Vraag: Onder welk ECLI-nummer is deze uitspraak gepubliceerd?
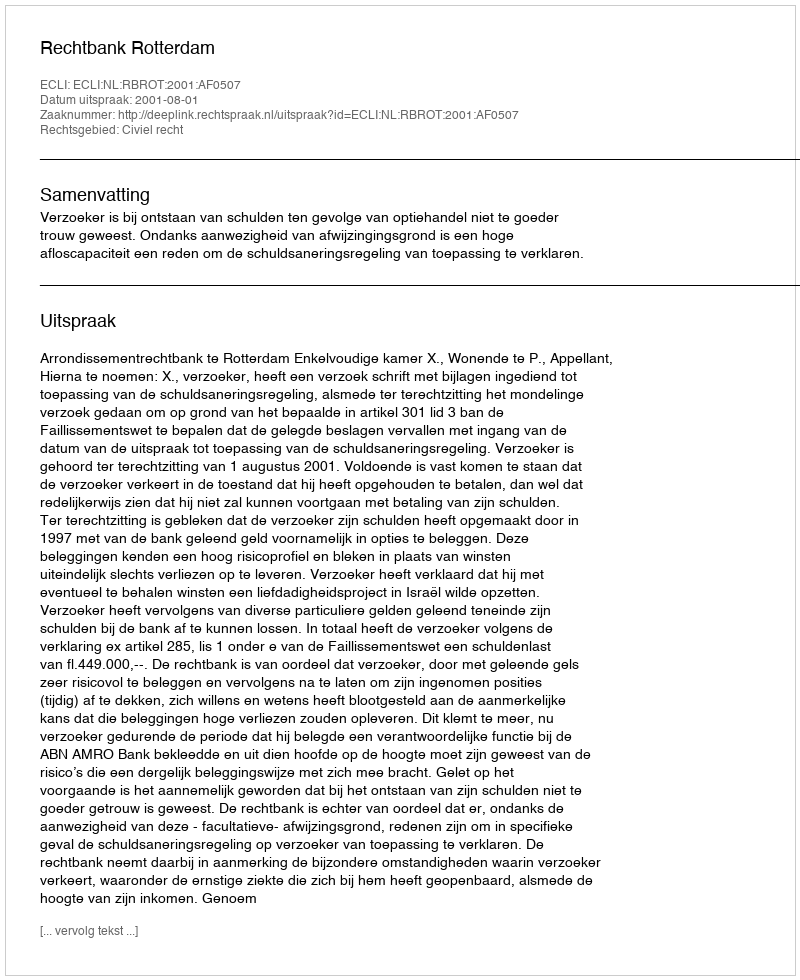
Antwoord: ECLI:NL:RBROT:2001:AF0507